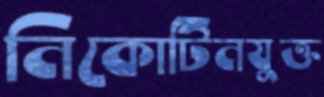
নিকোটিনযুক্ত